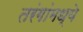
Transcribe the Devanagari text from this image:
तरंगांमध्ये